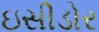
ઇસીડોર